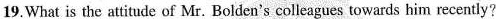
19.What is the attitude of Mr. Bolden's colleagues towards him recently?